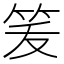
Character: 𰩶